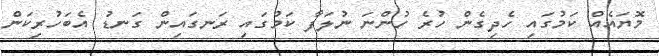
މޮޔައެއް ކަމުގައި ހެދިގެން ހުރެ ހުންނަ ނުލަފާ ކަމުގައި ރަނގައިން ގަނޑު އެބަހުރިކަން